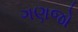
ગણજો